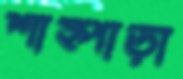
শাহ্পাড়া